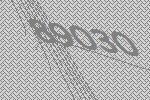
89030